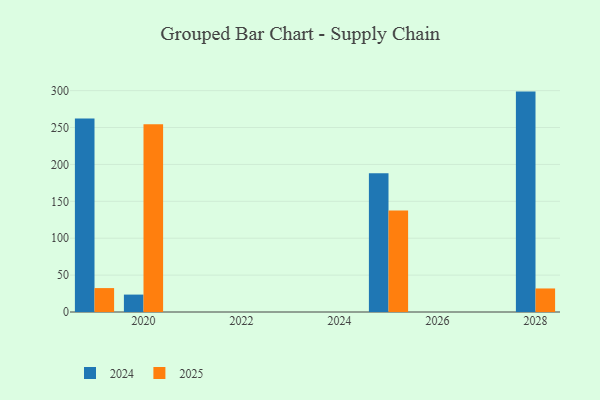
{"axis": {"x": "Year", "y": "Budget (USD K)"}, "legend": ["2024", "2025"], "data": [{"x": "2019", "y": 32.4, "type": "2025"}, {"x": "2019", "y": 262.4, "type": "2024"}, {"x": "2028", "y": 31.9, "type": "2025"}, {"x": "2028", "y": 298.7, "type": "2024"}, {"x": "2025", "y": 137.4, "type": "2025"}, {"x": "2025", "y": 188.0, "type": "2024"}, {"x": "2020", "y": 254.4, "type": "2025"}, {"x": "2020", "y": 23.6, "type": "2024"}]}